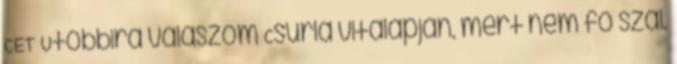
CET Utóbbira válaszom Csurla vitalapján, mert nem fő szál.